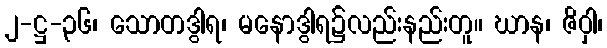
၂-ဋ္ဌ-၃၆၊ သောတဒွါရ၊ မနောဒွါရ၌လည်းနည်းတူ။ ဃာန၊ ဇိဝှါ၊